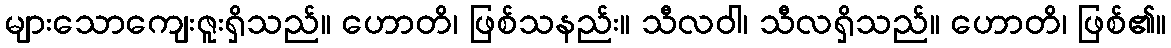
များသောကျေးဇူးရှိသည်။ ဟောတိ၊ ဖြစ်သနည်း။ သီလဝါ၊ သီလရှိသည်။ ဟောတိ၊ ဖြစ်၏။